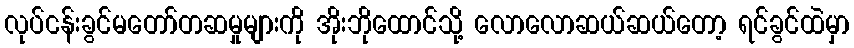
လုပ်ငန်းခွင်မတော်တဆမှုများကို အိုးဘိုထောင်သို့ လောလောဆယ်ဆယ်တော့ ရင်ခွင်ထဲမှာ